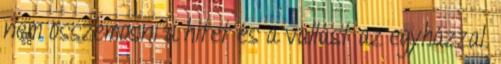
nem összemosni a hitet és a vallást az egyházzal.